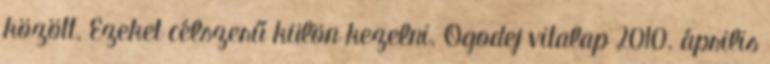
között. Ezeket célszerű külön kezelni. Ogodej vitalap 2010. április